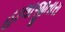
હાલાજીતારા